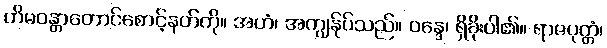
ဟိမဝန္တာတောင်စောင့်နတ်ကို။ အဟံ၊ အကျွန်ုပ်သည်။ ဝန္ဒေ၊ ရှိခိုးပါ၏။ ရာဇပုတ္တံ၊